Notes on vaccination in the North-West Frontier Province 1923-1928 - 1923-1928
Year: 1923
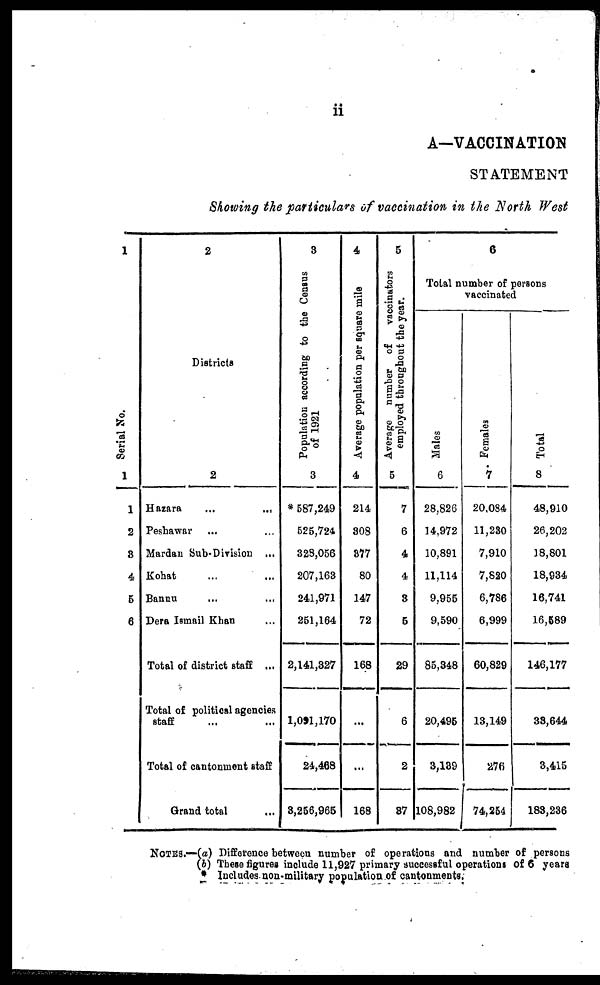
ii
A—VACCINATION
STATEMENT
Showing the particulars of vaccination in the North West
1
Serial No.
1
1
2
3
4
5
6
2
Districts
2
Hazara
...
...
Peshawar ... ...
Mardan Sub-Division ...
Kohat ... ...
Bannu ... ...
Dera Ismail Khan ...
Total of district staff ...
Total of political agencies
staff ... ...
Total of cantonment staff
Grand total ...
3
Population according to the Census
of 1921
3
* 587,249
525,724
328,056
207,163
241,971
251,164
2,141,327
1,091,170
24,468
3,256,965
4
Average population per square mile
4
214
308
377
80
147
72
168
...
...
168
5
Average number of
vaccinators
employed throughout the year.
5
7
6
4
4
3
5
29
6
2
37
6
Total number of persons
vaccinated
Males
6
28,826
14,972
10,891
11,114
9,955
9,590
85,348
20,495
3,139
108,982
Females
7
20,084
11,230
7,910
7,820
6,786
6,999
60,829
13,149
276
74,254
Total
8
48,910
26,202
18,801
18,934
16,741
16,589
146,177
33,644
3,415
183,236
NOTES.—(a) Difference between number of operations and number of persons
(b) These figures include 11,927 primary successful operations of 6 years
* Includes non-military population of cantonments.